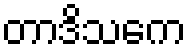
တာဒိသကေ